Source: Handwritten
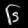
Digit: ၆ (6)